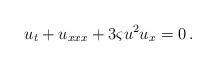
LaTeX: \begin{align*} u_t + u_{xxx} + 3 \varsigma u^2 u_x = 0 \, . \end{align*}